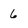
Character: 6